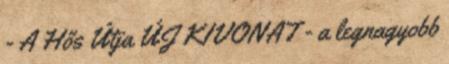
- A Hős Útja ÚJ KIVONAT - a legnagyobb